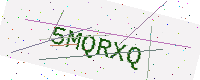
Text: 5MQRXQ